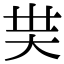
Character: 𡗿